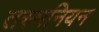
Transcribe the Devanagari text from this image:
तस्मनियन